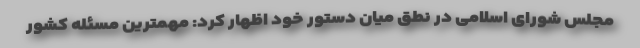
مجلس شورای اسلامی در نطق میان دستور خود اظهار کرد: مهمترین مسئله کشور